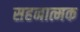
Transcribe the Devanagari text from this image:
सहनात्मक